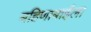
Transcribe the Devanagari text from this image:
बहिणाबाईला